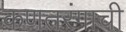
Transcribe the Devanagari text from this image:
कणतरंगाची